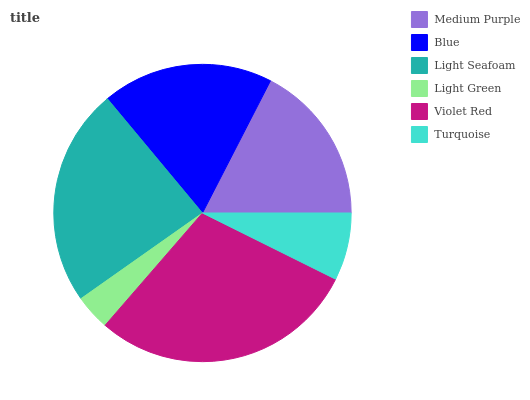
| Medium Purple | Blue | Light Seafoam | Light Green | Violet Red | Turquoise |
 | --- | --- | --- | --- | --- | --- |
 | 17.5% | 18.6% | 23.7% | 3.87% | 29% | 7.34% |